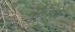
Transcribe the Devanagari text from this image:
चुनिँदा